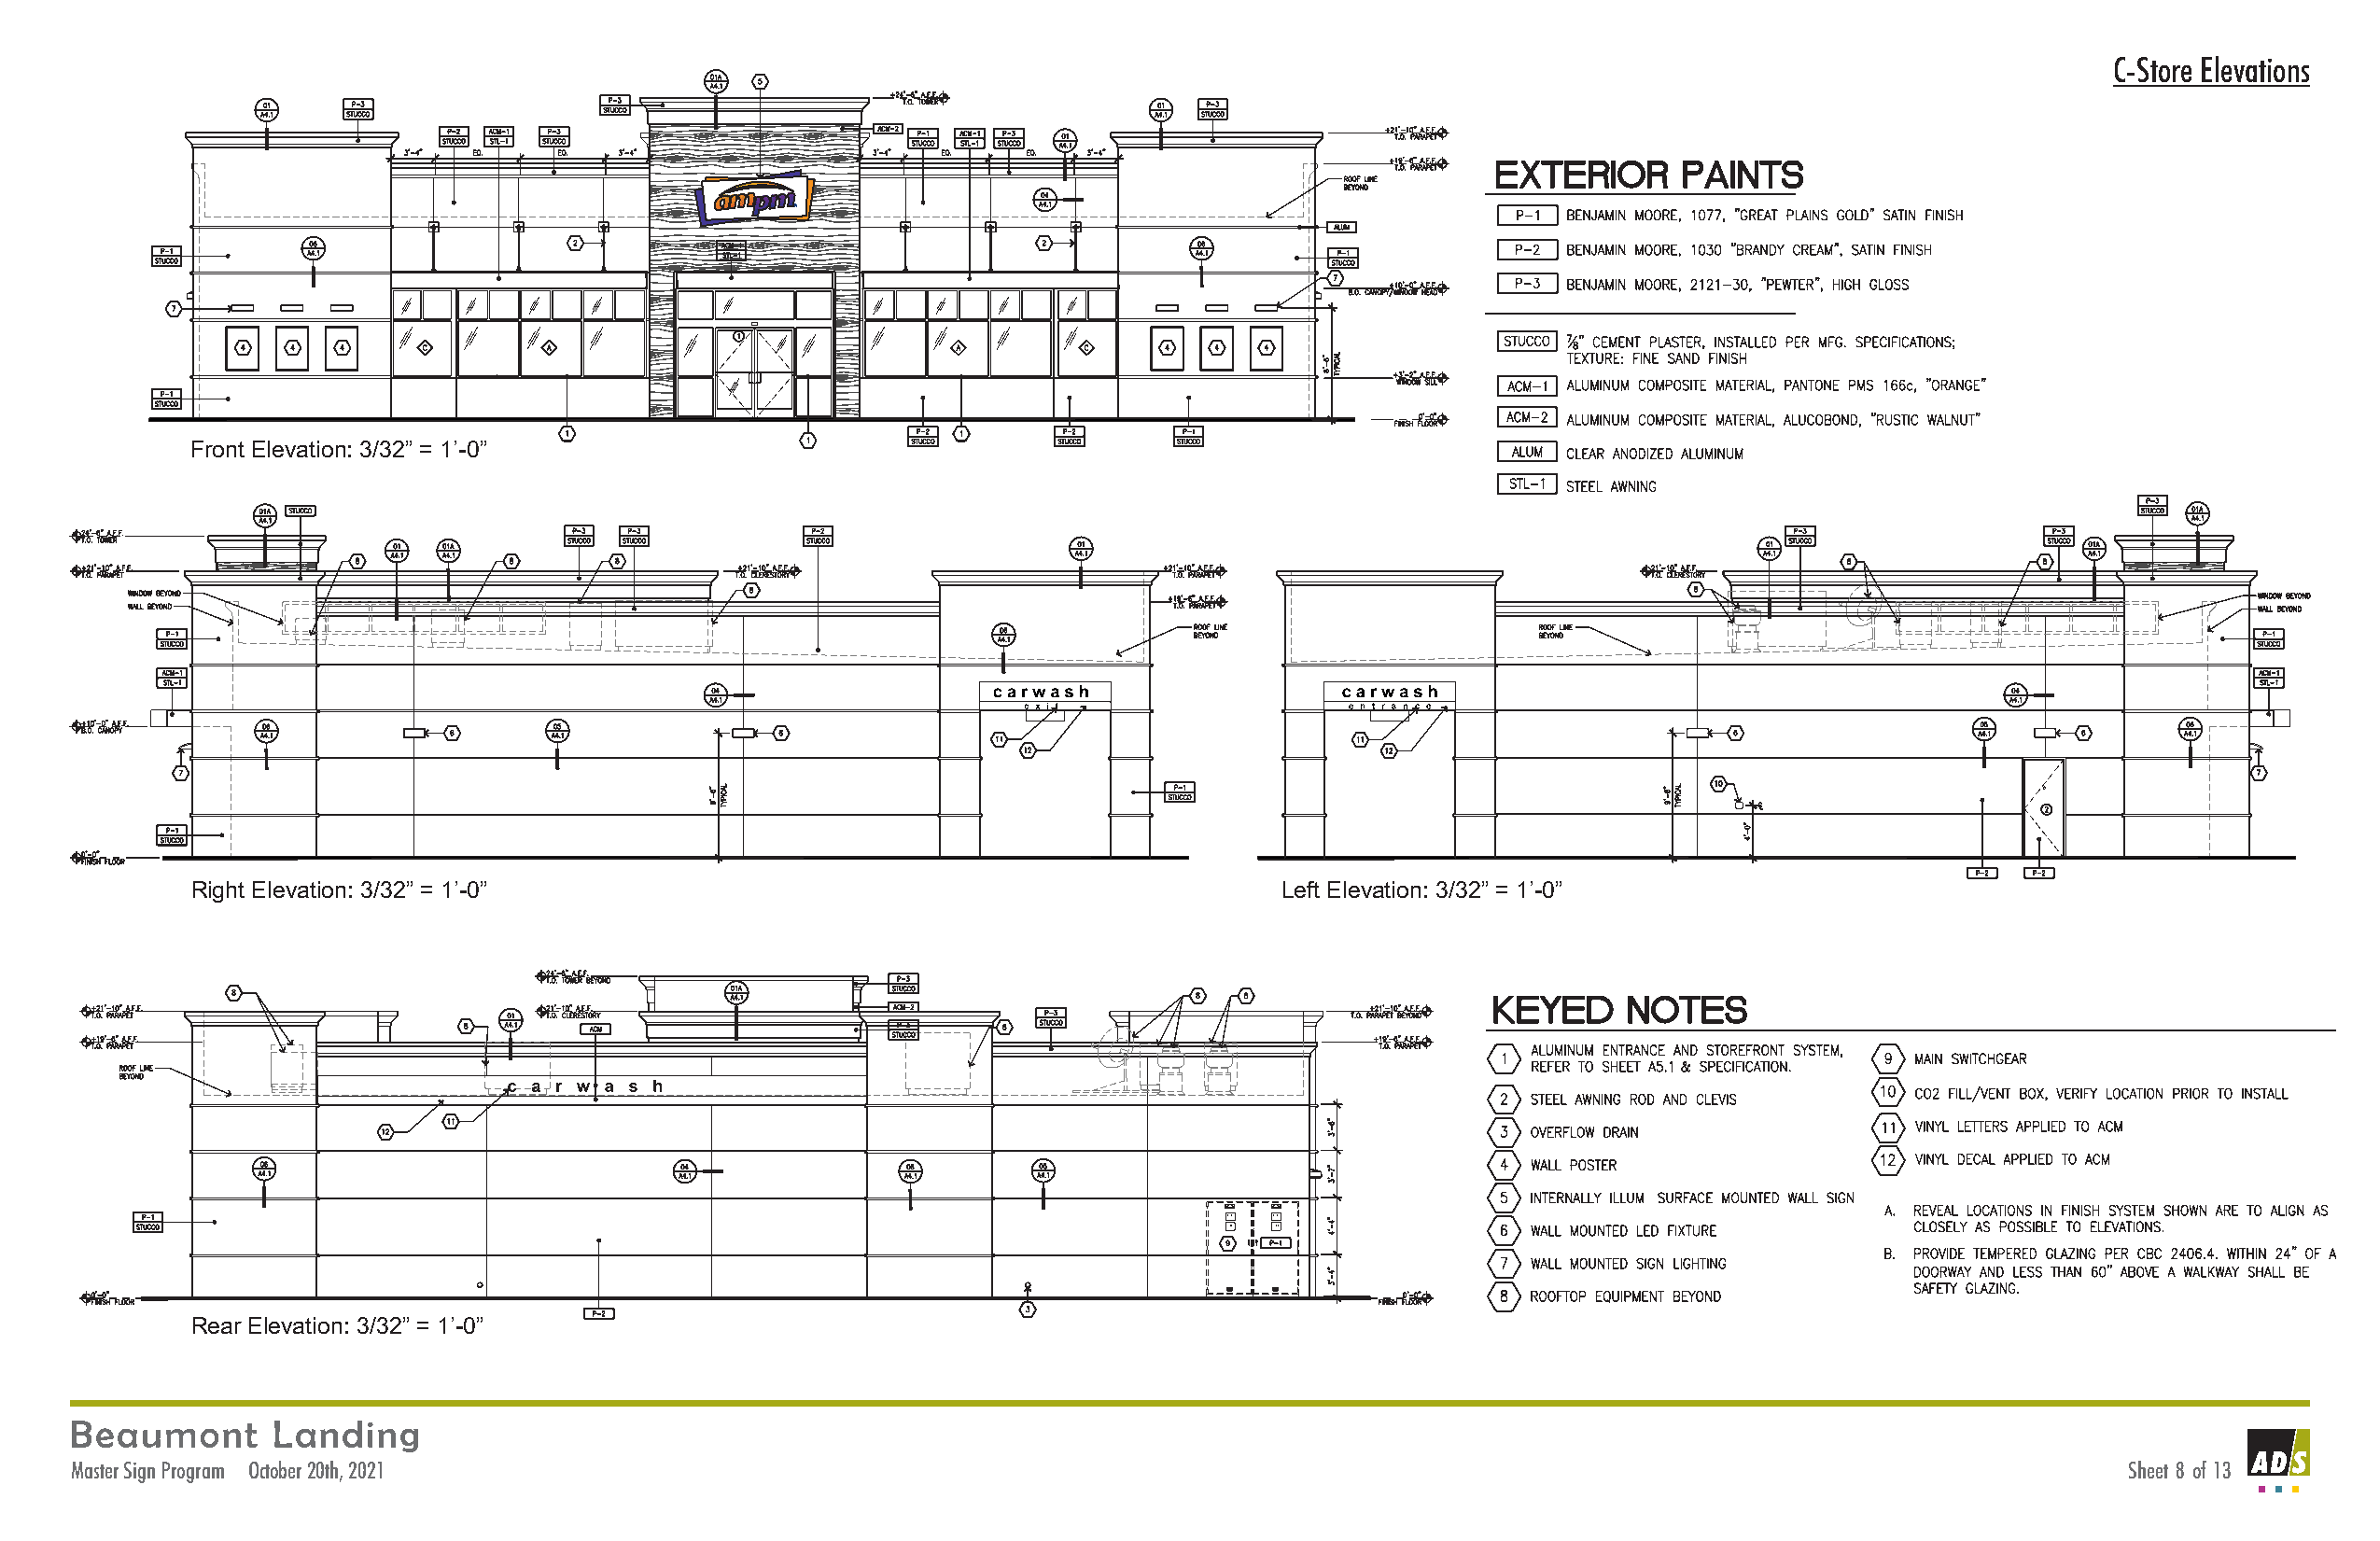
C-Store Elevations
 Front Elevation: 3/32” = 1’-0”
 Right Elevation: 3/32” = 1’-0”                                               Left Elevation: 3/32” = 1’-0”
 Rear Elevation: 3/32” = 1’-0”
 AD S
 Master Sign Program October 20th, 2021                                                                                                            Sheet 8 of 13